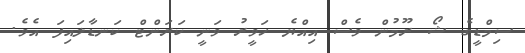
ސިމްޑީގެ ޝޯ ރޫމުން ވެސް އިއްޔެ ހަވީރު ވަނީ ކަރަންޓް ކަނޑާލައިފަ އެވެ.